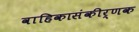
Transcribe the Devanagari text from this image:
वाहिकासंकीर्णक